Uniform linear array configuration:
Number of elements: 12
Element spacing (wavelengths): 0.25
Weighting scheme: binomial
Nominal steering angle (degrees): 45
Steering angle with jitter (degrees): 43.723
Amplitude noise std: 0.05
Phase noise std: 0.05

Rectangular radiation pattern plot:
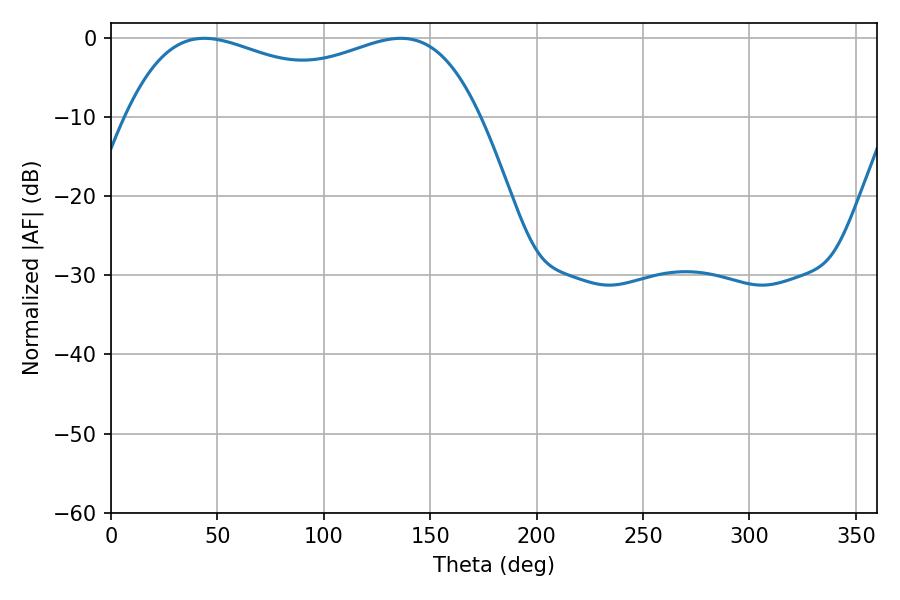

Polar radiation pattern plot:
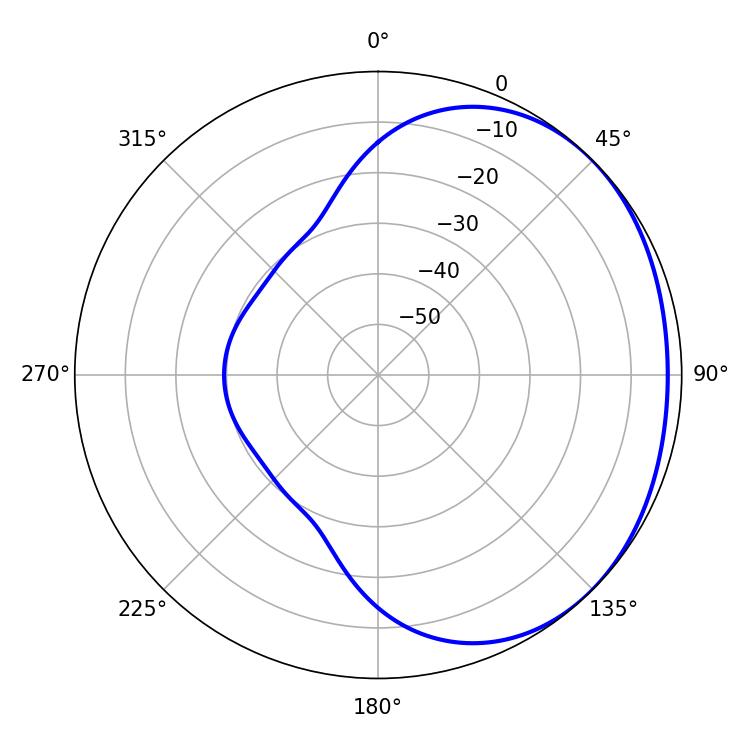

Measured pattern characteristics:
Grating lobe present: FALSE
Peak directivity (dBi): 1.469
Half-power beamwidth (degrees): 136.44
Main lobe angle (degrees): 43.92